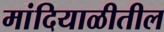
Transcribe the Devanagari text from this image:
मांदियाळीतील